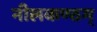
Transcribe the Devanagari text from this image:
नीलकण्ठम्